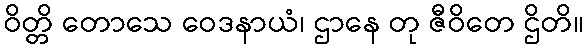
ဝိတ္တိ တောသေ ဝေဒနာယံ၊ ဌာနေ တု ဇီဝိတေ ဌိတိ။